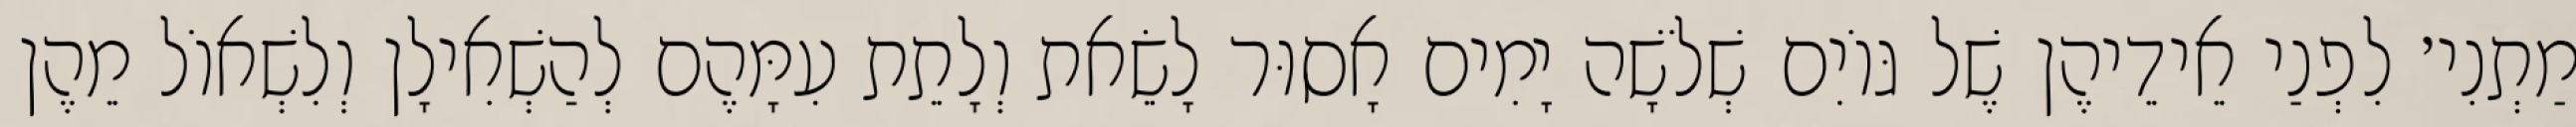
מַתְנִי׳ לִפְנַי אֵידֵיהֶן שֶׁל גּוֹיִם שְׁלֹשָׁה יָמִים אָסוּר לָשֵׂאת וְלָתֵת עִמָּהֶם לְהַשְׁאִילָן וְלִשְׁאוֹל מֵהֶן